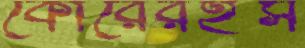
কোরেরইস